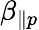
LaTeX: \beta_{\parallel p}